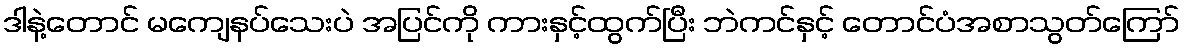
ဒါနဲ့တောင် မကျေနပ်သေးပဲ အပြင်ကို ကားနှင့်ထွက်ပြီး ဘဲကင်နှင့် တောင်ပံအစာသွတ်ကြော်